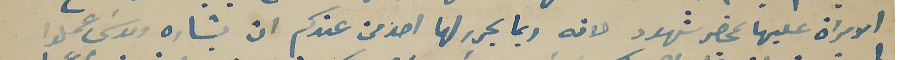
الامراة عليها بمحضر شهود لانه ربما يحرر لها احد من عندكم ان بشاره وموسَى عملوا